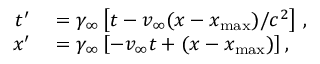
\begin{array} { r l } { t ^ { \prime } } & { { } = \gamma _ { \infty } \left[ t - v _ { \infty } ( x - x _ { \mathrm { m a x } } ) / c ^ { 2 } \right] \, , } \\ { x ^ { \prime } } & { { } = \gamma _ { \infty } \left[ - v _ { \infty } t + ( x - x _ { \mathrm { m a x } } ) \right] , } \end{array}